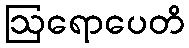
ဩရောပေတိ